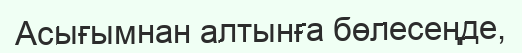
Асығымнан алтынға бөлесеңде,